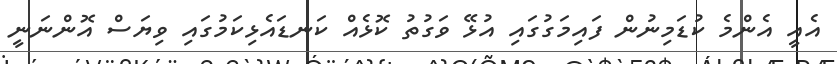
އެއީ އެންމެ ކުޑަމިނުން ފައިމަގުގައި އުޅޭ ވަގުތު ކޮޅެއް ކަނޑައެޅިކަމުގައި ވިޔަސް އޮންނަނީ